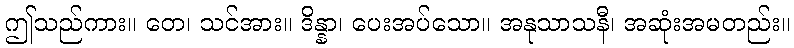
ဤသည်ကား။ တေ၊ သင်အား။ ဒိန္နာ၊ ပေးအပ်သော။ အနုသာသနီ၊ အဆုံးအမတည်း။